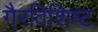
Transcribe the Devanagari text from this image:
गैरविशिष्ट